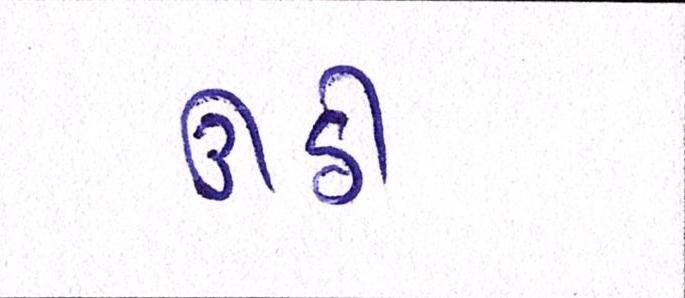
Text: ઉઠી